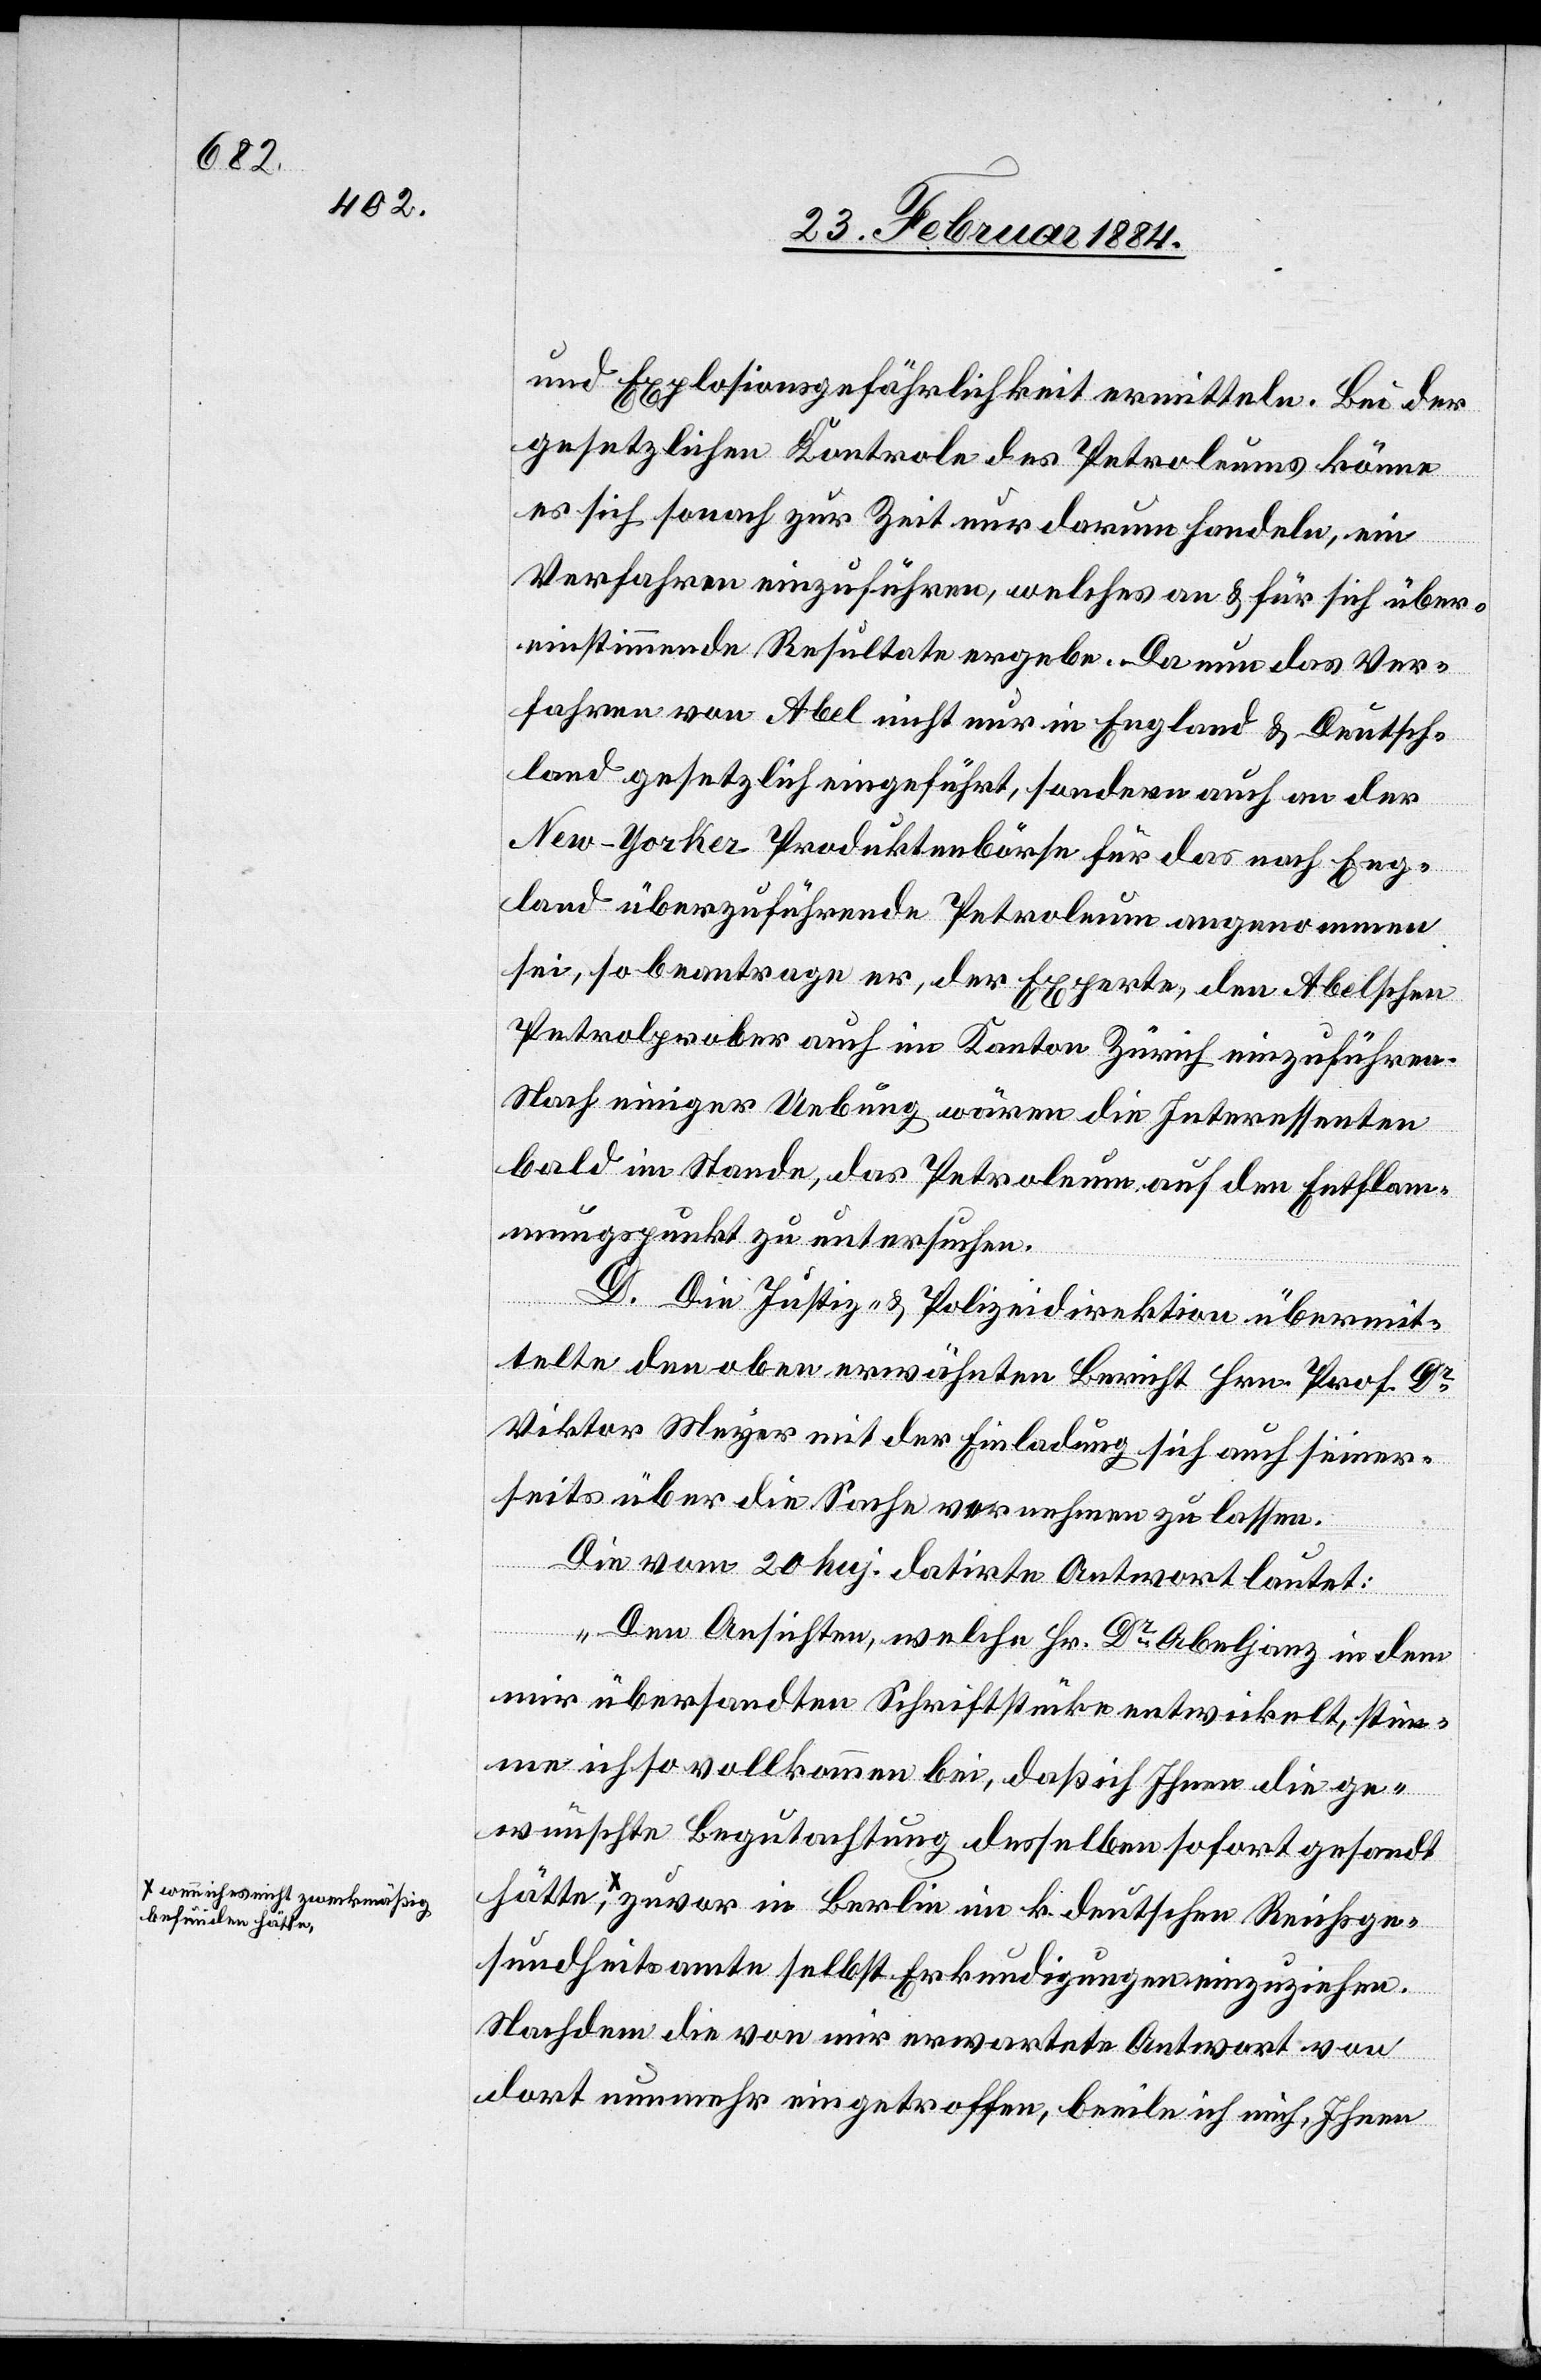
wenn ich es nicht zweckmäßig

und Explosionsgefährlichkeit ermitteln. Bei der
gesetzlichen Kontrole des Petroleums könne
es sich sonach zur Zeit nur darum handeln, ein
Verfahren einzuführen, welches an & für sich über¬
einstimmende Resultate ergebe. Da nun das Ver¬
fahren von Abel nicht nur in England & Deutsch¬
land gesetzlich eingeführt, sondern auch an der
New-Yorker Produktebörse für das nach Eng¬
land überzuführende Petroleum angenommen
sei, so beantrage er, der Experte, den Abelschen
Petrolprober auch im Kanton Zürich einzuführen.
Nach einiger Uebung wären die Interessenten
bald im Stande, das Petroleum auf den Entflam¬
mungspunkt zu untersuchen.
D. Die Justiz- & Polizeidirektion übermit¬
telte den oben erwähnten Bericht Hrn. Prof. Dr
Viktor Mayer mit der Einladung sich auch seiner¬
seits über die Sache vernehmen zu lassen.
befunden
Die vom 20. huj. datirte Antwort lautet:
„Den Ansichten, welche Hr. Dr Abeljanz in dem
mir übersandten Schriftstücke entwickelt, stim¬
men ich so vollkommen bei, daß ich Ihnen die ge¬
wünschte Begutachtung desselben sofort gesandt
hätte, zuvor in Berlin im k. deutschen Reichsge¬
sundheitsamte selbst Erkundigungen einzuziehen.
Nachdem die von mir erwartete Antwort von
dort nunmehr eingetroffen, beeile ich mich, Ihnen